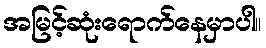
အမြင့်ဆုံးရောက်နေမှာပါ။